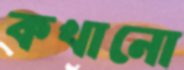
কখানো